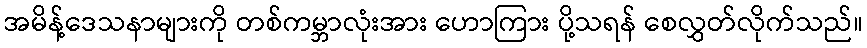
အမိန့်ဒေသနာများကို တစ်ကမ္ဘာလုံးအား ဟောကြား ပို့သရန် စေလွှတ်လိုက်သည်။